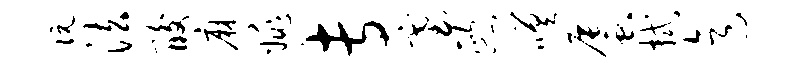
阮法酸麻姚专塞熙嗟蜃拭迄